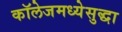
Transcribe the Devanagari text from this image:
कॉलेजमध्येसुद्धा